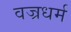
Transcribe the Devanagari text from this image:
वज्रधर्म